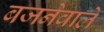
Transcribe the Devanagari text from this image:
बजनेवाले